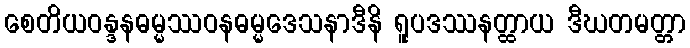
စေတိယဝန္ဒနဓမ္မဿဝနဓမ္မဒေသနာဒီနိ ရူပဒဿနတ္ထာယ ဒီဃတမတ္တာ